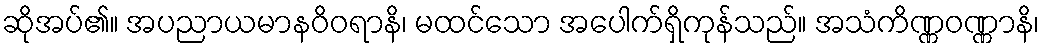
ဆိုအပ်၏။ အပညာယမာနဝိဝရာနိ၊ မထင်သော အပေါက်ရှိကုန်သည်။ အသံကိဏ္ဏဝဏ္ဏာနိ၊